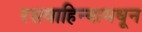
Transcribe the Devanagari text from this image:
रसवाहिन्यामधून